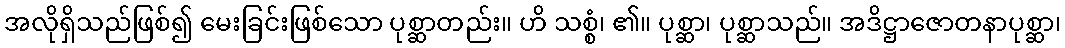
အလိုရှိသည်ဖြစ်၍ မေးခြင်းဖြစ်သော ပုစ္ဆာတည်း။ ဟိ သစ္စံ၊ ၏။ ပုစ္ဆာ၊ ပုစ္ဆာသည်။ အဒိဋ္ဌာဇောတနာပုစ္ဆာ၊